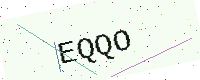
Text: EQQO